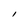
Character: l